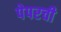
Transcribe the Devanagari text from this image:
पेपरची